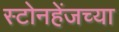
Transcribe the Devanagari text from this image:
स्टोनहेंजच्या